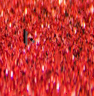
١٠